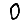
Digit: 0